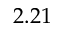
2 . 2 1